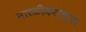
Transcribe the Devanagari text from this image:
नारळीकरांच्या